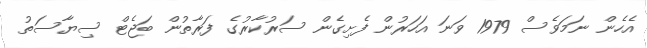
އެހެން ނަމަވެސް 1979 ވަނަ އަހަރުން ފެށިގެން ސަރުކާރުގެ ފަރާތުން ބަޖެޓް ސިޔާސަތު